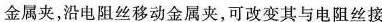
金属夹，沿电阻丝移动金属夹，可改变其与电阻丝接